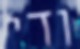
ודי